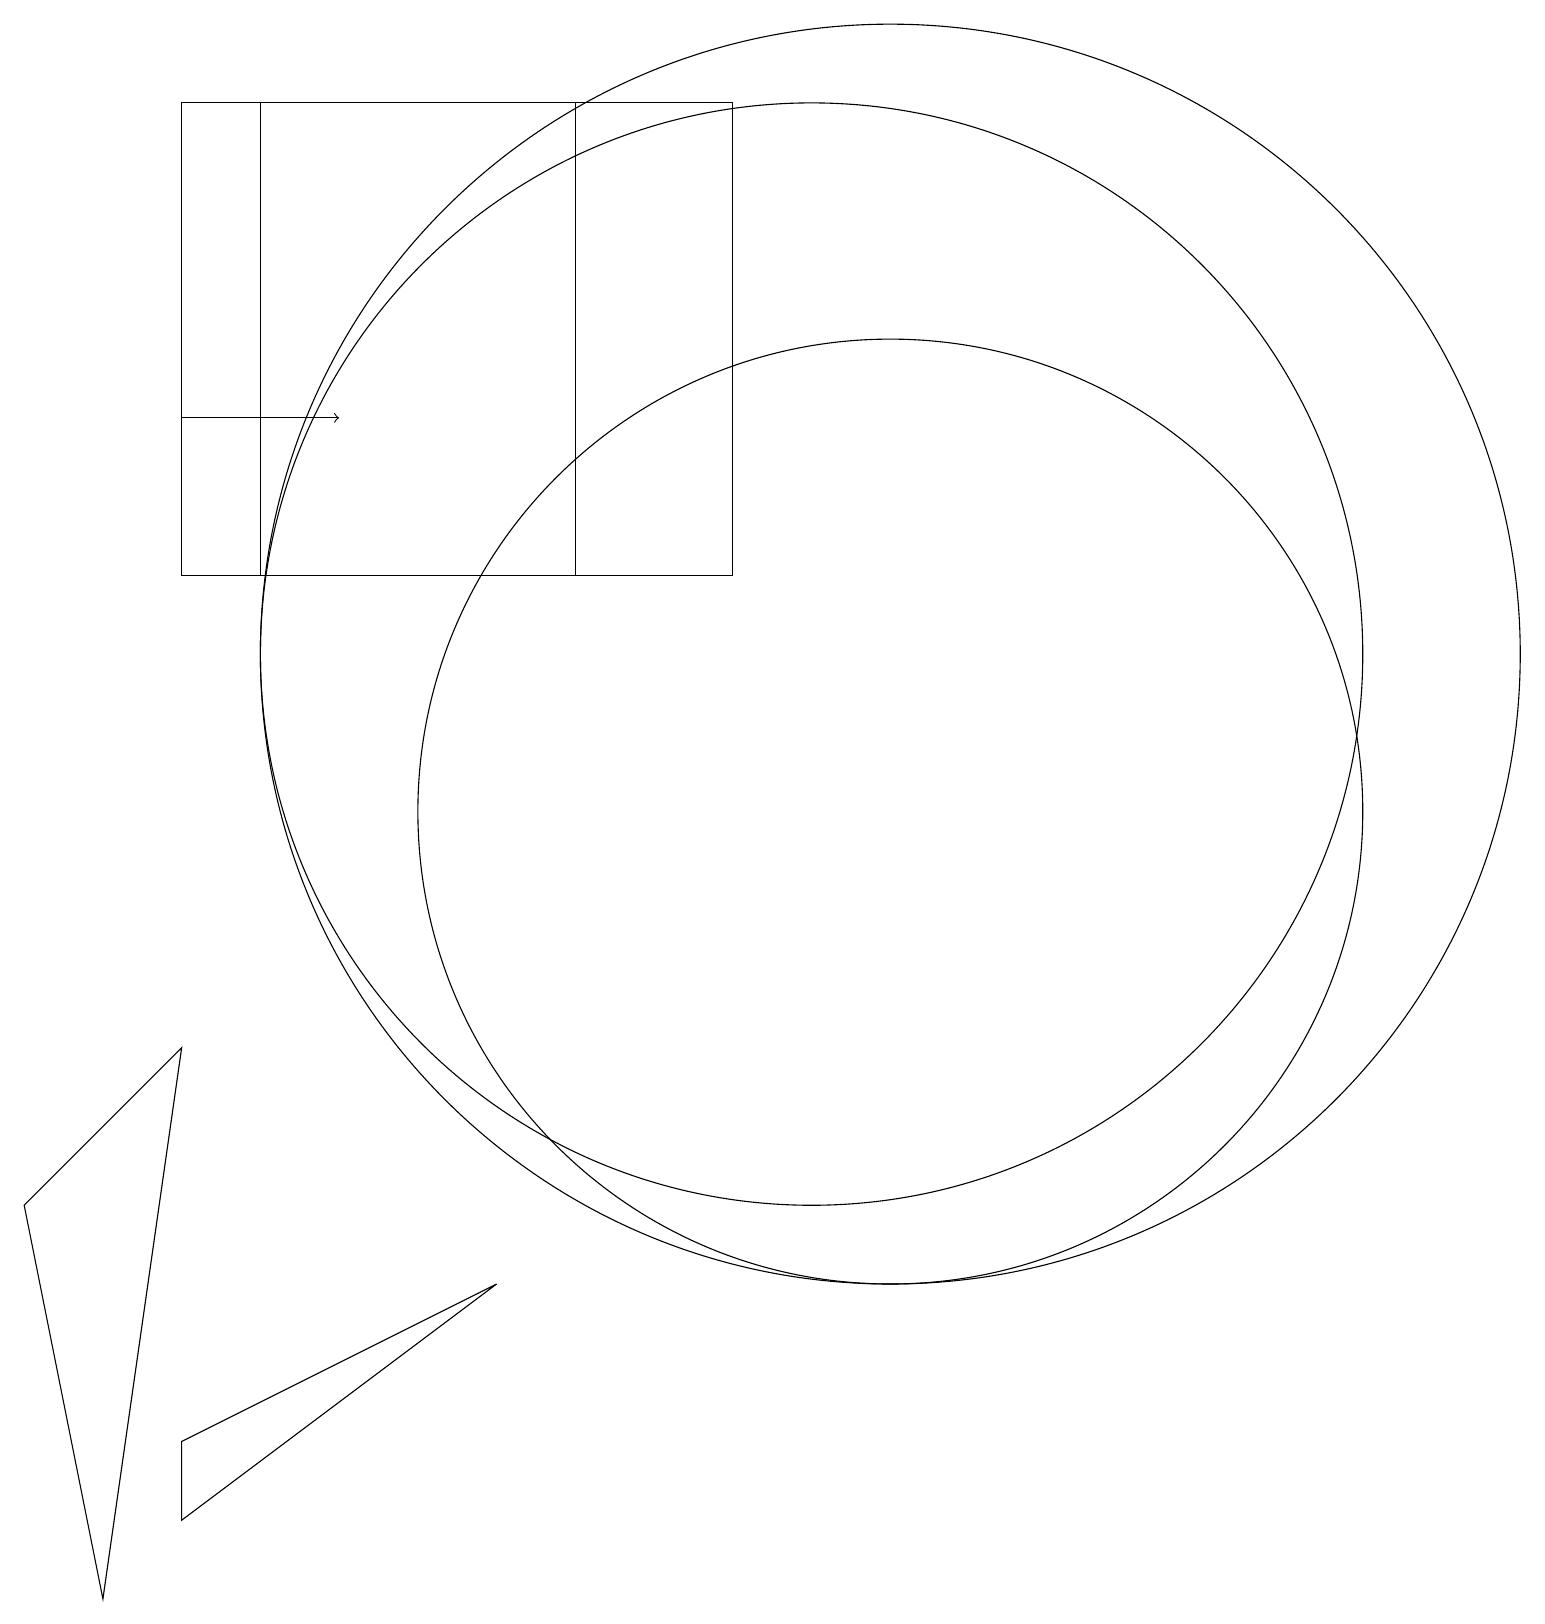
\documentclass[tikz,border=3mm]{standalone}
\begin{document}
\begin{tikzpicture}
\draw (11,12) circle (8);
\draw (11,10) circle (6);
\draw (0,5) -- (2,7) -- (1,0) -- cycle;
\draw[->] (2,15) -- (4,15);
\draw (10,12) circle (7);
\draw (9,13) rectangle (3,19);
\draw (2,2) -- (2,1) -- (6,4) -- cycle;
\draw (7,13) rectangle (2,19);
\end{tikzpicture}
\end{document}